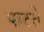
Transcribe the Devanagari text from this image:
पाटते